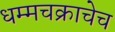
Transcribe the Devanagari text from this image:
धम्मचक्राचेच